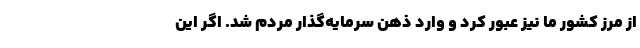
از مرز کشور ما نیز عبور کرد و وارد ذهن سرمایه‌گذار مردم شد. اگر این